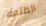
الظلمة